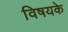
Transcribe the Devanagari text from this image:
विषयके